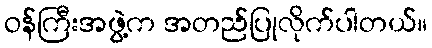
ဝန်ကြီးအဖွဲ့က အတည်ပြုလိုက်ပါတယ်။